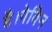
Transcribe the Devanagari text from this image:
है।गेविन